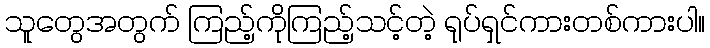
သူတွေအတွက် ကြည့်ကိုကြည့်သင့်တဲ့ ရုပ်ရှင်ကားတစ်ကားပါ။